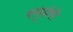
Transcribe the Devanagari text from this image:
सपुर्दगी